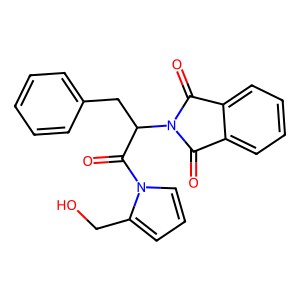
SMILES: O=C1c2ccccc2C(=O)N1C(Cc1ccccc1)C(=O)n1cccc1CO
Inhibits HIV replication: No